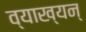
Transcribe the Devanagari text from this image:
व्याख्यन्